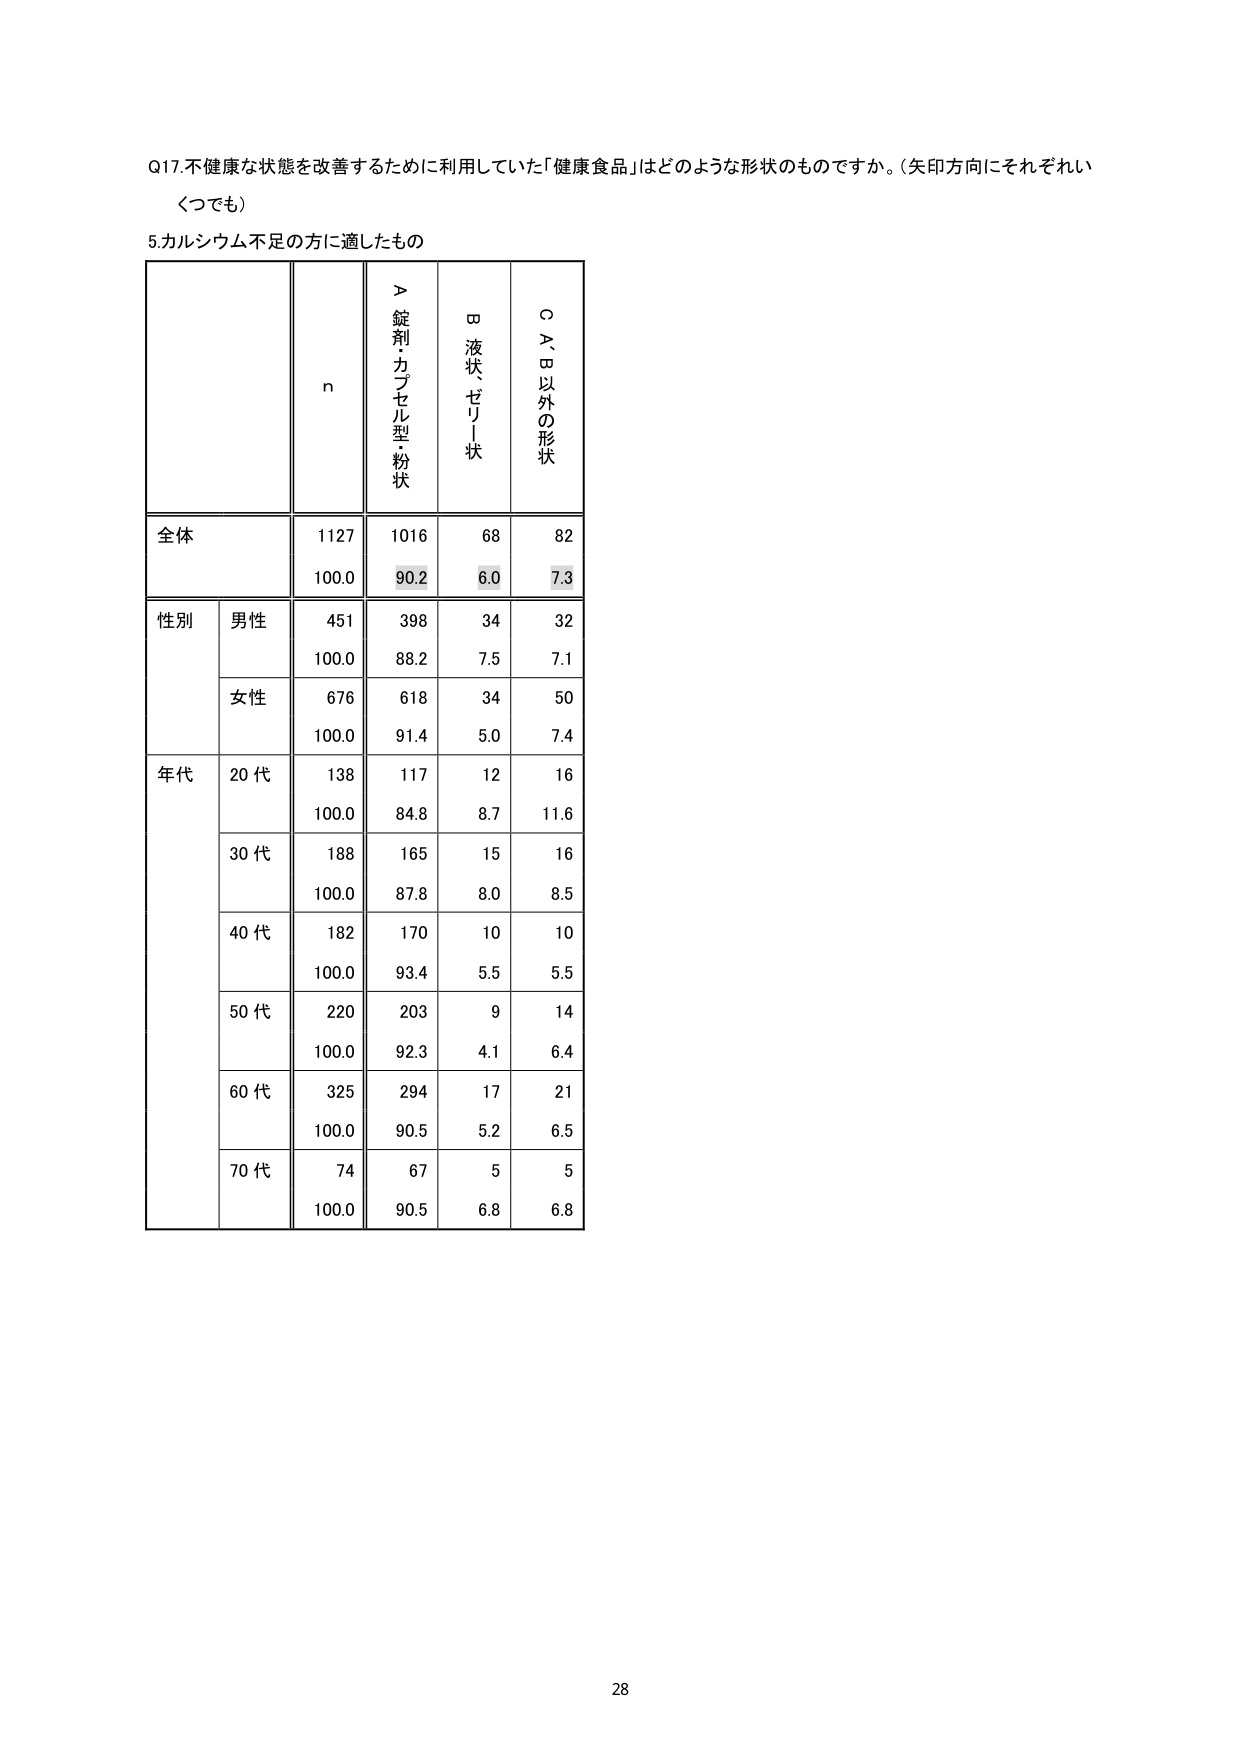
Q17.不健康な状態を改善するために利用していた「健康食品」はどのような形状のものですか。（矢印方向にそれぞれいくつでも）

5.カルシウム不足の方に適したもの

n
＞錠剤・カプセル型・粉状
ロ液状・ゼリー状
○A、B以外の形状

全体
1127
1016
68
82
100.0
90.2
6.0
7.3

性別
男性
451
398
34
32
100.0
88.2
7.5
7.1
女性
676
618
34
50
100.0
91.4
5.0
7.4

年代
20代
138
117
12
16
100.0
84.8
8.7
11.6
30代
188
165
15
16
100.0
87.8
8.0
8.5
40代
182
170
10
10
100.0
93.4
5.5
5.5
50代
220
203
9
14
100.0
92.3
4.1
6.4
60代
325
294
17
21
100.0
90.5
5.2
6.5
70代
74
67
5
5
100.0
90.5
6.8
6.8

28